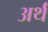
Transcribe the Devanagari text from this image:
अर्थं